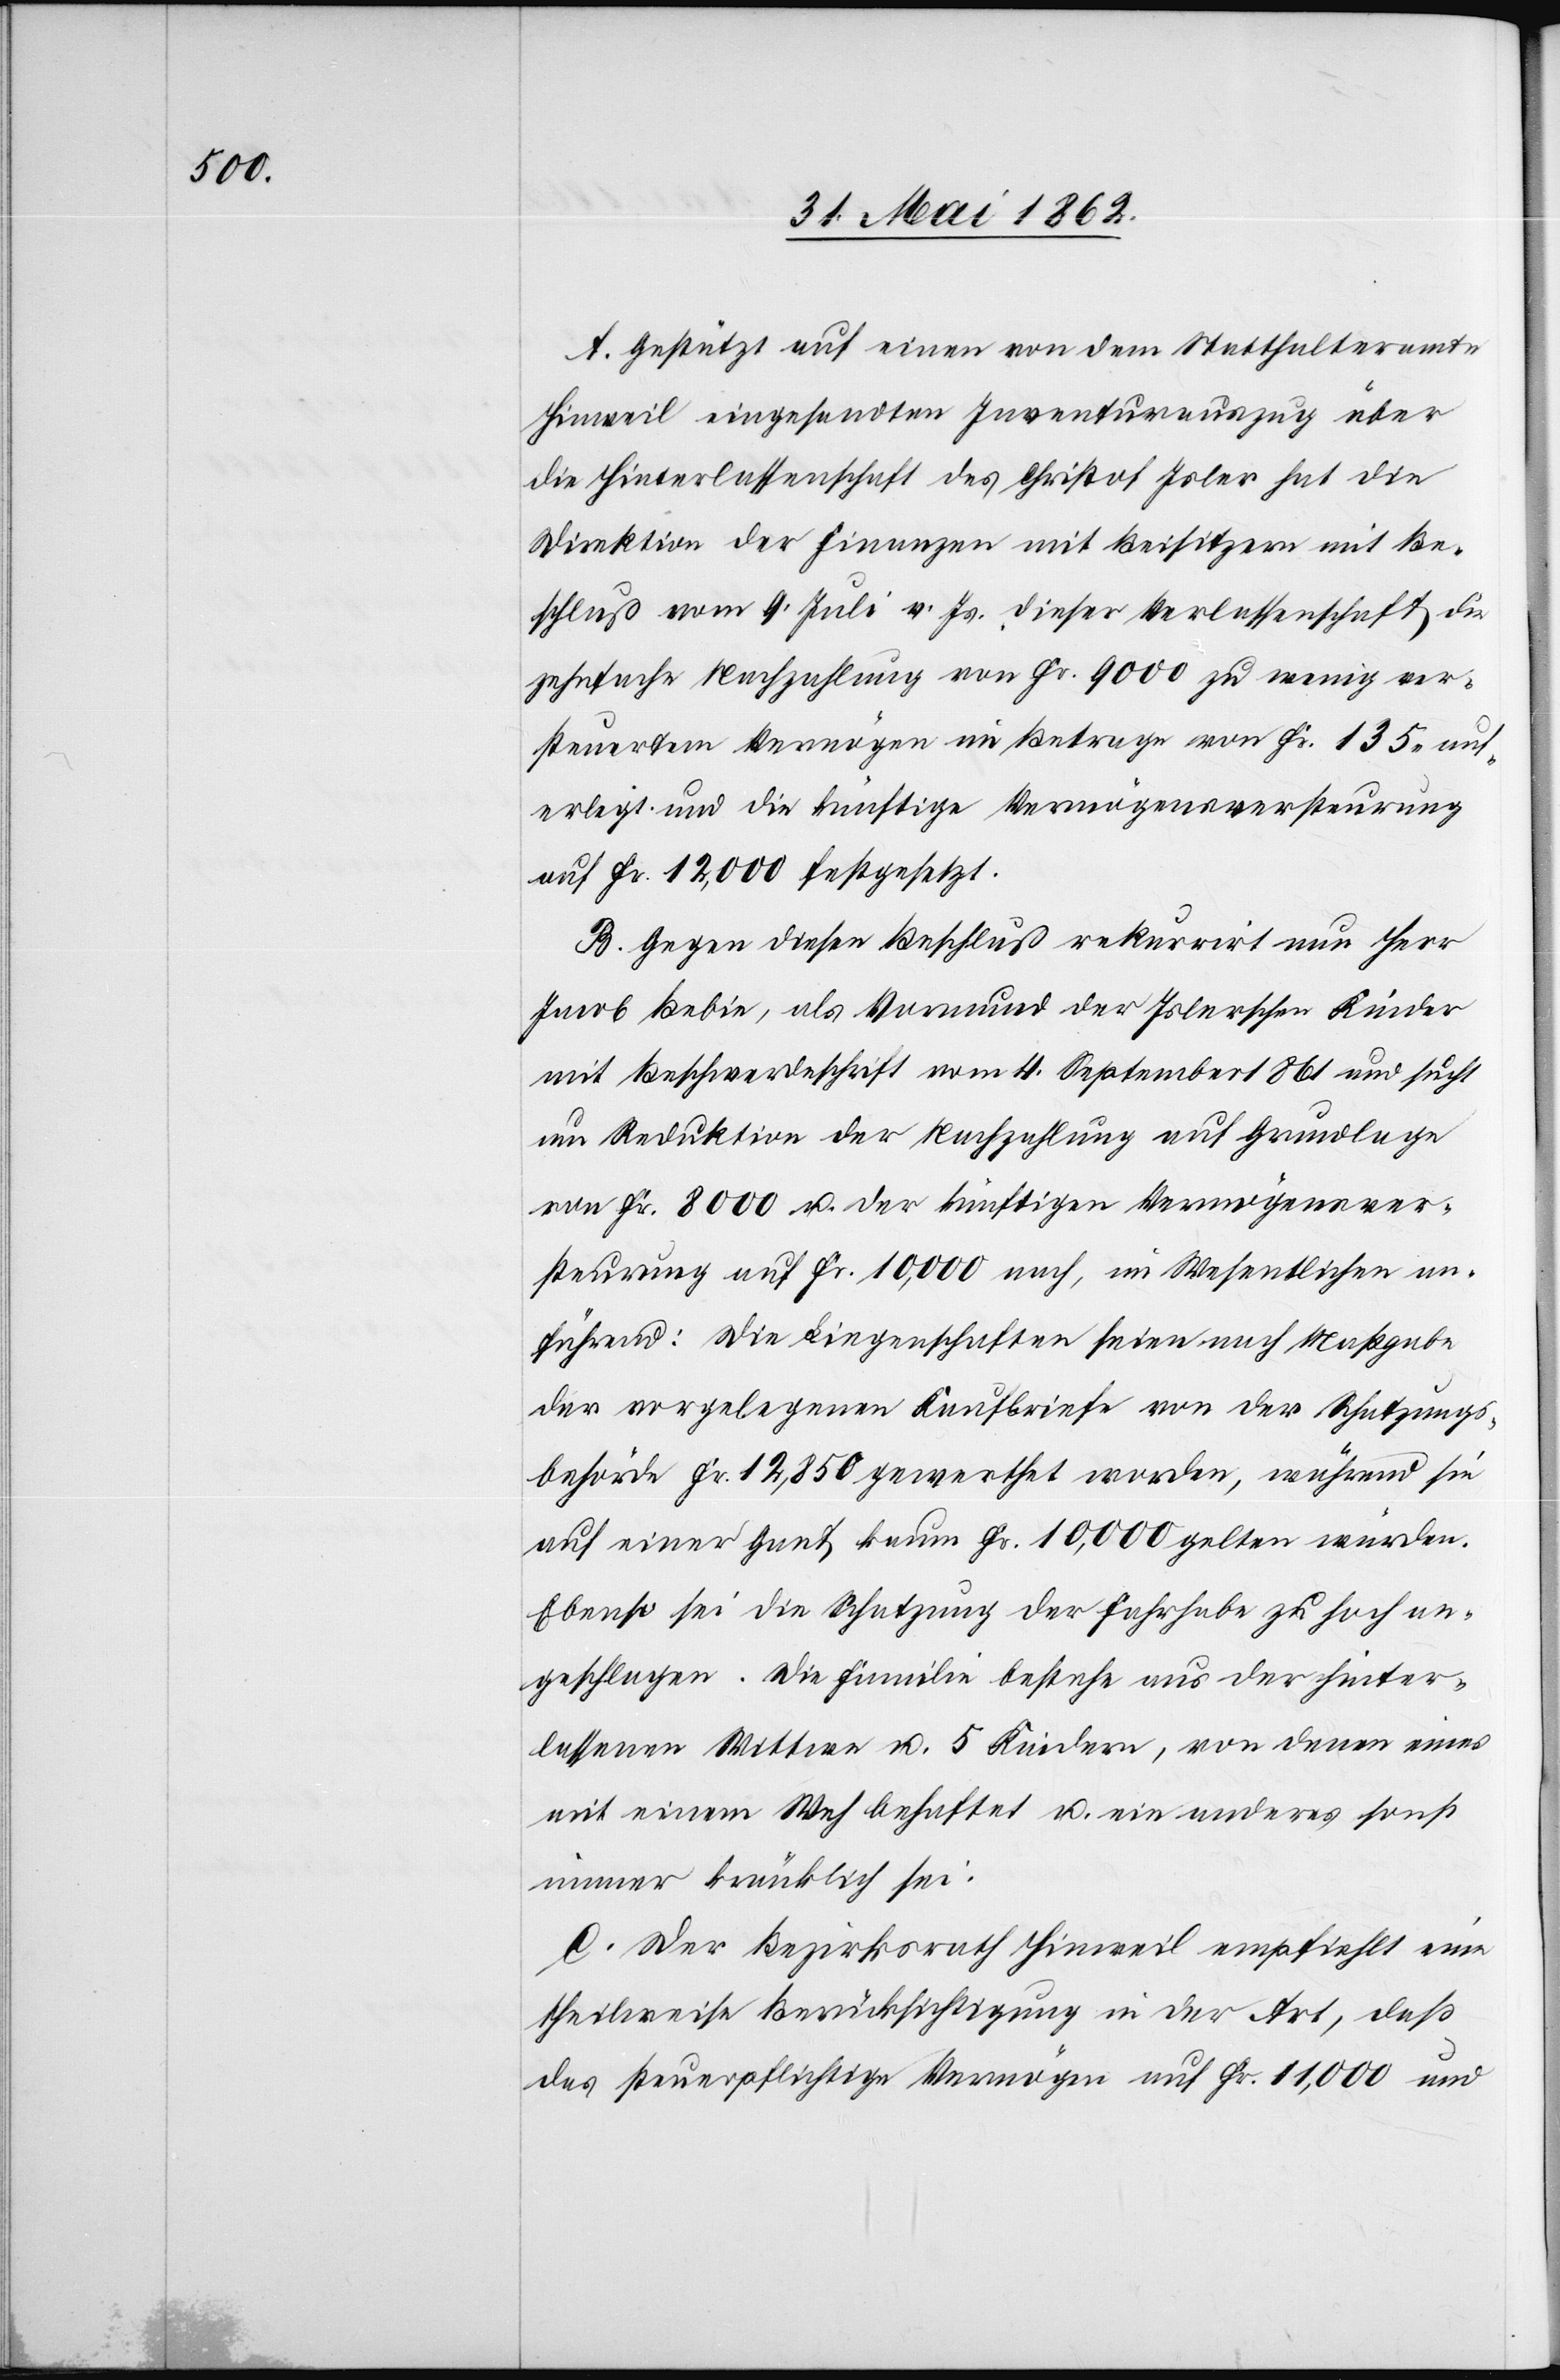
A. Gestützt auf einen von dem Statthalteramte
Hinweil eingesandten Inventurauszug über
die Hinterlassenschaft des Christof Isler hat die
Direktion der Finanzen mit Beisitzern mit Be¬
schluß vom 9. Juli v. Js. dieser Verlassenschaft die
zehnfache Nachzahlung von Fr. 9000 zu wenig ver¬
steuertem Vermögen im Betrage von Fr. 135 auf¬
erlegt und die künftige Vermögensversteurung
auf Fr. 12,000 festgesetzt.
B. Gegen diesen Beschluß rekurrirt nun Herr
Jacob Bebie, als Vormund der Islerschen Kinder
mit Beschwerdeschrift vom 4. September 1861 und sucht
um Reduktion der Nachzahlung auf Grundlage
von Fr. 8000 u. der künftigen Vermögensver¬
steurung auf Fr. 10,000 nach, im Wesentlichen an¬
führend: Die Liegenschaften seien nach Maßgabe
der vorgelegenen Kaufbriefe von der Schatzungs¬
behörde Fr. 12,850 gewerthet worden, während sie
auf einer Gant kaum Fr. 10,000 gelten würden.
Ebenso sei die Schatzung der Fahrhabe zu hoch an¬
geschlagen. Die Familie bestehe aus der hinter¬
lassenen Wittwe u. 5 Kindern, von denen eines
mit einem Weh behaftet u. ein anders sonst
immer kränklich sei.
C. Der Bezirksrath Hinweil empfiehlt eine
theilweise Berücksichtigung in der Art, daß
das steuerpflichtige Vermögen auf Fr. 11,000 und